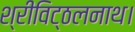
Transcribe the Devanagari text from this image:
श्रीविट्ठलनाथ।